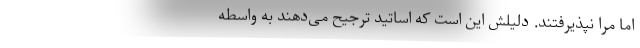
اما مرا نپذیرفتند. دلیلش این است که اساتید ترجیح می‌دهند به واسطه